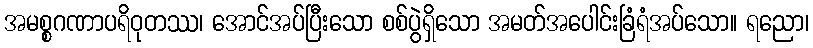
အမစ္စဂဏာပရိဝုတဿ၊ အောင်အပ်ပြီးသော စစ်ပွဲရှိသော အမတ်အပေါင်းခြံရံအပ်သော။ ရညော၊